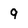
Character: 9